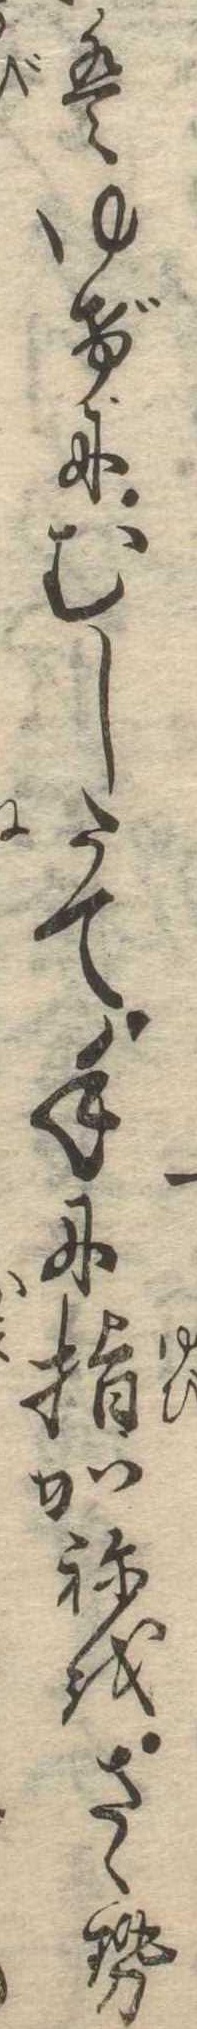
はゆげにむしたて手に指かねをさゝせ